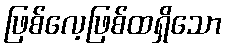
ဖြစ်လေ့ဖြစ်ထရှိသော